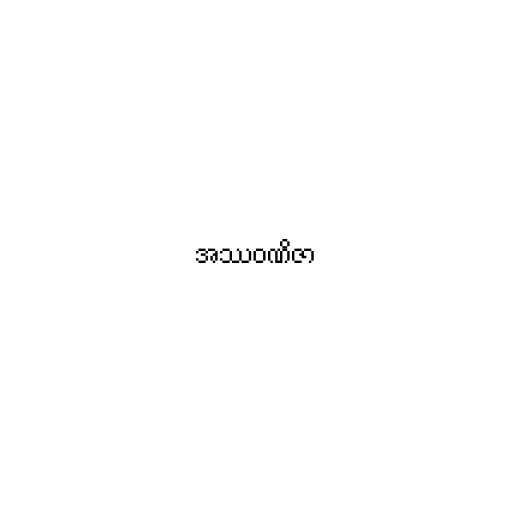
အဿဝဏိဇာ